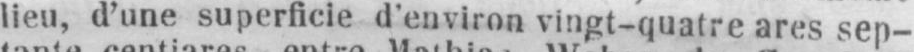
lieu, d’une superficie d’environ vingt-quatre ares sep-